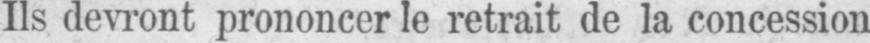
Ils devront prononcer le retrait de la concession